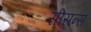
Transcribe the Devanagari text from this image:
सीसन्स